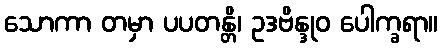
သောကာ တမှာ ပပတန္တိ၊ ဥဒဗိန္ဒုဝ ပေါက္ခရာ။